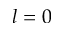
l = 0